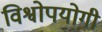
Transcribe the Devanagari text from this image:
विश्वोपयोगी